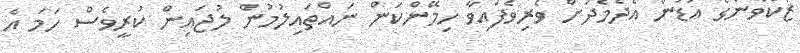
ޒަކްވާންގެ އަޑުން އެދެމެދަށް ވެރިވެފައިވާ ހިމޭންކަން ނައްތައިލުމުން ލުޖައިން ކުރީވެސް ހަމަ އެ